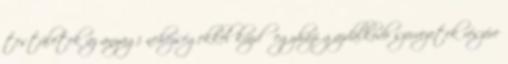
testületek az anyagi nehézségekkel küzdő egyházi gazdálkodó szervezetek részére